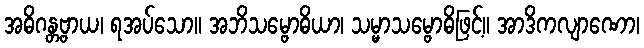
အဓိဂန္တဗ္ဗာယ၊ ရအပ်သော။ အဘိသမ္ဗောဓိယာ၊ သမ္မာသမ္ဗောဓိဖြင့်။ အာဒိကလျာဏော၊